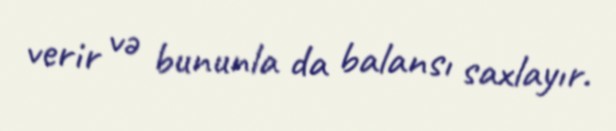
verir və bununla da balansı saxlayır.